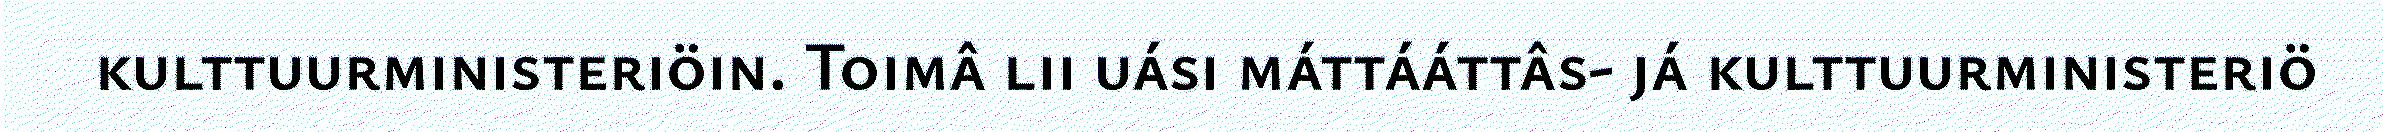
kulttuurministeriöin. Toimâ lii uási máttááttâs- já kulttuurministeriö